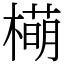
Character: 橗